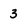
Character: 3